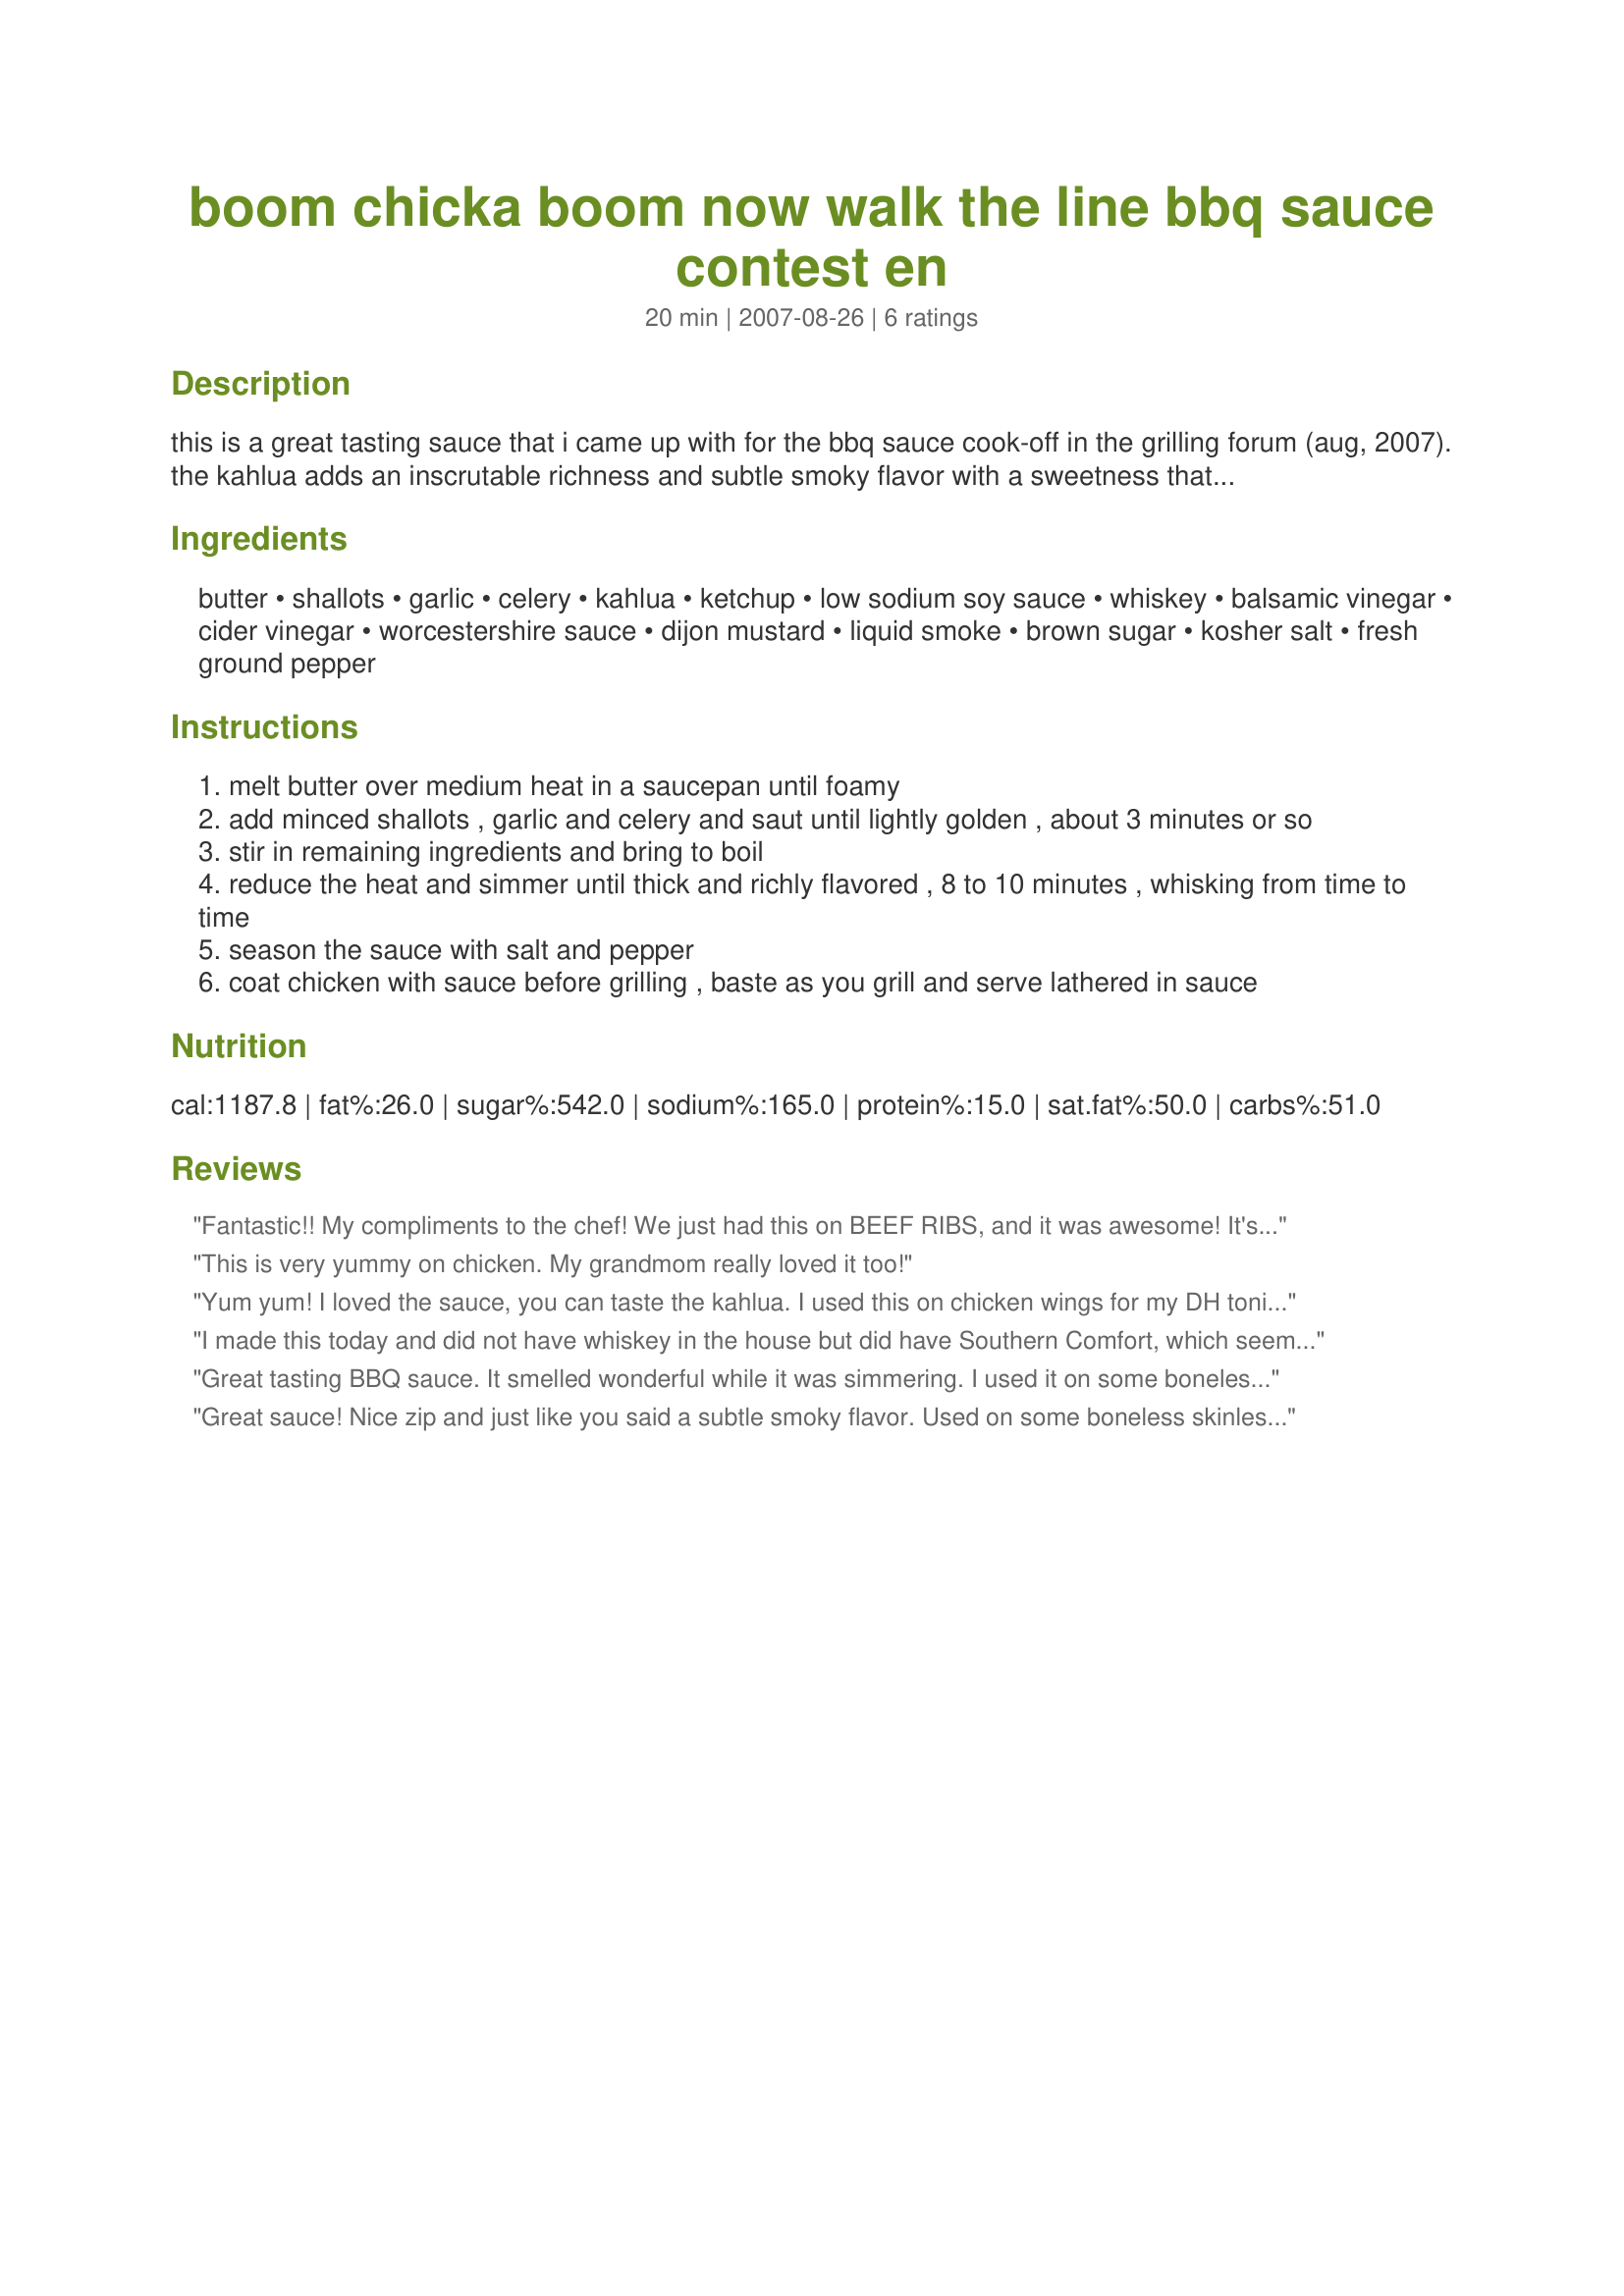
boom chicka boom now walk the line bbq sauce contest en
Preparation time: 20 minutes

this is a great tasting sauce that i came up with for the bbq sauce cook-off in the grilling forum (aug, 2007). the kahlua adds an inscrutable richness and subtle smoky flavor with a sweetness that dances well with the vinegar. i love my bbq sauces spicy, but there was no need to add heat to the sauce - the tang creates a wonderful zip and the heat is not missed. i formulated it for grilled bone-in chicken.... but it may work with other meats. the name of the sauce is a play on the tennessee whiskey & mexican kahlua in the sauce.... and dedicated to the late johnny cash! johnny cash lived in tenn, was arrested in mexico and his sound is always described as boom chicka boom .... we all know his famous song walk the line and i am sure the connection is pretty obvious. lol! god speed johnny! (it made enough sauce for 3 bone-in breasts of chicken)

bbq sauce cook-off thread: http://www.recipezaar.com/bb/viewtopic.zsp?t=222017

Ingredients:
butter, shallots, garlic, celery, kahlua, ketchup, low sodium soy sauce, whiskey, balsamic vinegar, cider vinegar, worcestershire sauce, dijon mustard, liquid smoke, brown sugar, kosher salt, fresh ground pepper

Steps:
melt butter over medium heat in a saucepan until foamy
add minced shallots , garlic and celery and saut until lightly golden , about 3 minutes or so
stir in remaining ingredients and bring to boil
reduce the heat and simmer until thick and richly flavored , 8 to 10 minutes , whisking from time to time
season the sauce with salt and pepper
coat chicken with sauce before grilling , baste as you grill and serve lathered in sauce

Reviews:
Fantastic!! My compliments to the chef! We just had this on BEEF RIBS, and it was awesome! It's not often that you find a strong/bold bbq sauce without molasses, but this is it. Excellent!! Try this one out, you won't regret it. This is going in my favorite recipes book. Thanks for the great culinary creation.
This is very yummy on chicken. My grandmom really loved it too!
Yum yum! I loved the sauce, you can taste the kahlua. I used this on chicken wings for my DH tonight. He really enjoyed it! I kept taking bites of it. This one's a keeper!
I made this today and did not have whiskey in the house but did have Southern Comfort, which seemed appropriate for a BBQ sauce! I also did no have shallots, but did chop up whole scallions. The sauce with the Kahluha added was fantastic, and is a definite keeper. Thanks for the recipe!
Great tasting BBQ sauce. It smelled wonderful while it was simmering. I used it on some boneless chicken breast on the grill and it was great. The Kahlua added a very nice touch.
Great sauce! Nice zip and just like you said a subtle smoky flavor. Used on some boneless skinless chicken breast done on the Foreman and with this sauce they almost tasted like they were cooked outside! Thanks chef!
